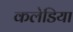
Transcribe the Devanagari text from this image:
कलेडिया